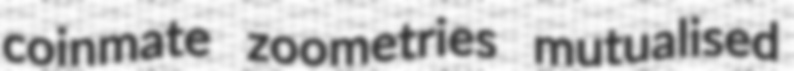
coinmate zoometries mutualised